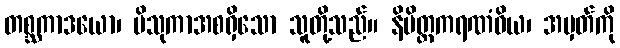
တစ္ဆကာဒယော၊ ဗိသုကာအစရှိသော သူတို့သည်။ နိမိတ္တကရဏံဝိယ၊ အမှတ်ကို